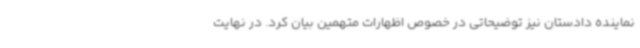
نماینده دادستان نیز توضیحاتی در خصوص اظهارات متهمین بیان کرد. در نهایت